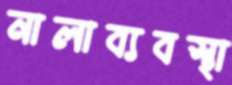
নালাব্যবস্থা